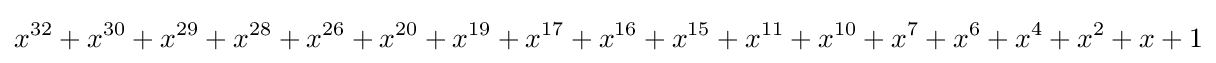
x^{32}+x^{30}+x^{29}+x^{28}+x^{26}+x^{20}+x^{19}+x^{17}+x^{16}+x^{15}+x^{11}+x^{10}+x^{7}+x^{6}+x^{4}+x^{2}+x+1